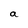
Character: a